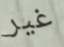
غير